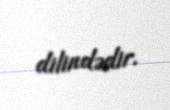
dilindədir.